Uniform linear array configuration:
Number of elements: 8
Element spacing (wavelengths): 0.25
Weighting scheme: cosine
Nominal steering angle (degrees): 30
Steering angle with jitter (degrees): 28.542
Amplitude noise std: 0.05
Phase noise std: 0.05

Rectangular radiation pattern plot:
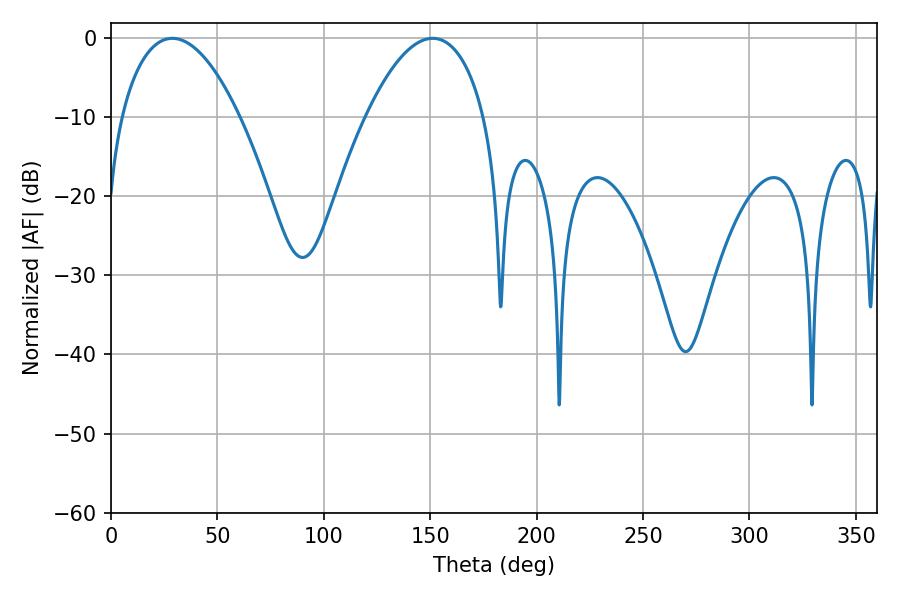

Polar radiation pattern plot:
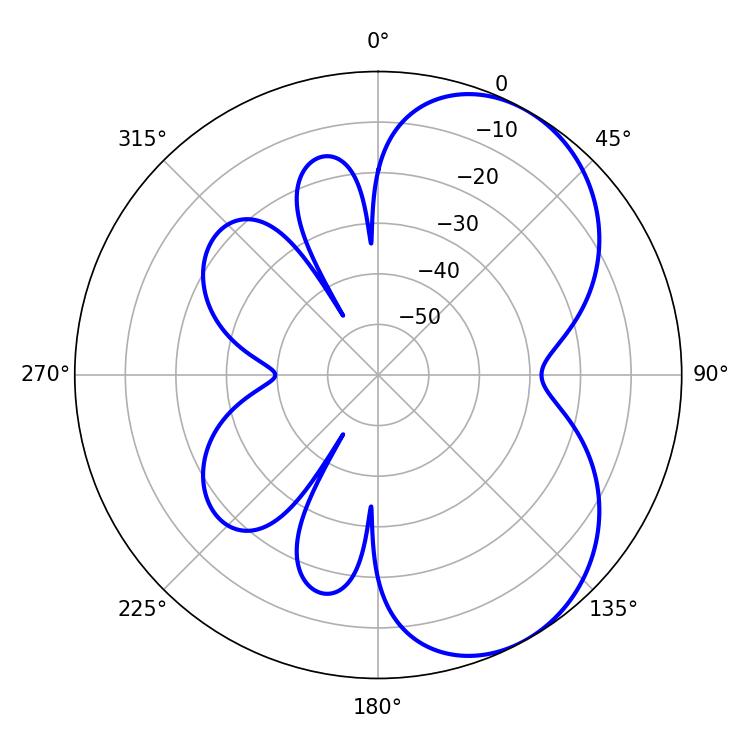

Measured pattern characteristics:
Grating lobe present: FALSE
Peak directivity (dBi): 5.468
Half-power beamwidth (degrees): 30.96
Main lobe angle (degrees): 28.8